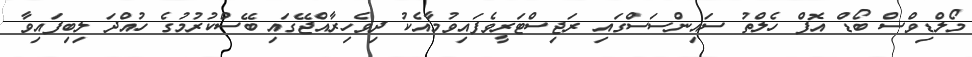
މޯލްޑިވްސް ބޯޑް އޮފް ހެލްތު ސައިންސަސްގައި ރަޖިސްޓަރީވެފައިވުމާއެކު ދިވެހިރާއްޖޭގައި ބޭސްކުރުމުގެ ހުއްދަ ލިބިފައިވާ